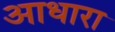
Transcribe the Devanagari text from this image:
आधारा